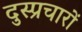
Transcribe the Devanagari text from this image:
दुस्प्रचारों